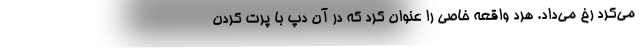
می‌کرد رخ می‌داد. هرد واقعه خاصی را عنوان کرد که در آن دپ با پرت کردن